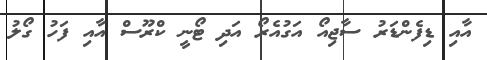
އާއި ޑިފެންޑަރު ސާޖިއޯ އަގުއެރޯ އަދި ޓޯނީ ކްރޫސް އާއި ފަހު ގޯލު